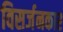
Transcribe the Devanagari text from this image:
विसर्जनकार